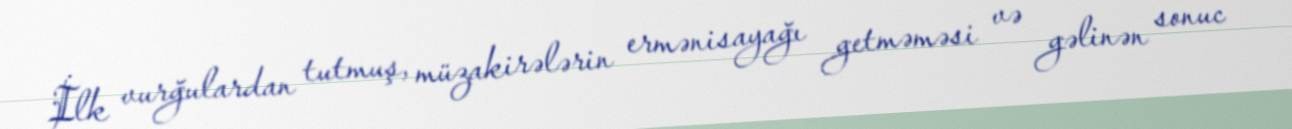
İlk vurğulardan tutmuş, müzakirələrin ermənisayağı getməməsi və gəlinən sonuc